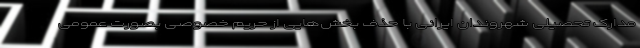
مدارک تحصیلی شهروندان ایرانی با حذف بخش‌هایی از حریم خصوصی بصورت عمومی